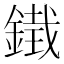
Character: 𮢨